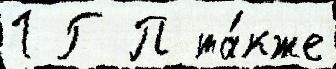
1 Г П та́кже